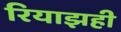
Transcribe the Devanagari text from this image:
रियाझही